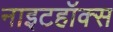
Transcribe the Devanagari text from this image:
नाइटहॉक्स